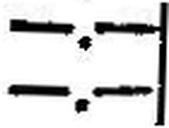
—.—